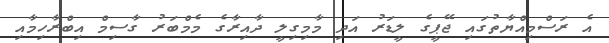
އެ ރަސްމިއްޔާތުގައި ޖޭޕީގެ ލީޑަރު އަދި މާމިގިލީ ދާއިރާގެ މެމްބަރު ގާސިމް އިބްރާހިމާއި